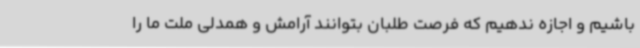
باشیم و اجازه ندهیم که فرصت طلبان بتوانند آرامش و همدلی ملت ما را